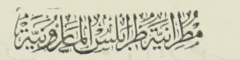
مُطرانية طرابلس المارونية